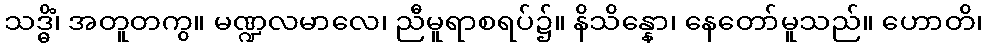
သဒ္ဓိံ၊ အတူတကွ။ မဏ္ဍလမာလေ၊ ညီမူရာစရပ်၌။ နိသိန္နော၊ နေတော်မူသည်။ ဟောတိ၊